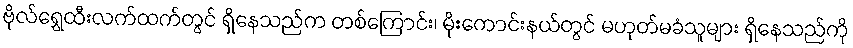
ဗိုလ်ရွှေထီးလက်ထက်တွင် ရှိနေသည်က တစ်ကြောင်း၊ မိုးကောင်းနယ်တွင် မဟုတ်မခံသူများ ရှိနေသည်ကို